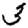
Digit: 3